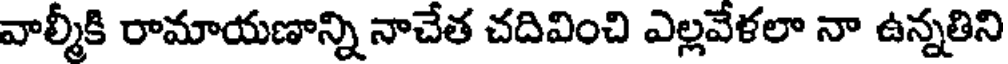
వాల్మీకి రామాయణాన్ని నాచేత చదివించి ఎల్లవేళలా నా ఉన్నతిని